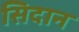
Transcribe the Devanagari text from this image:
सिदान